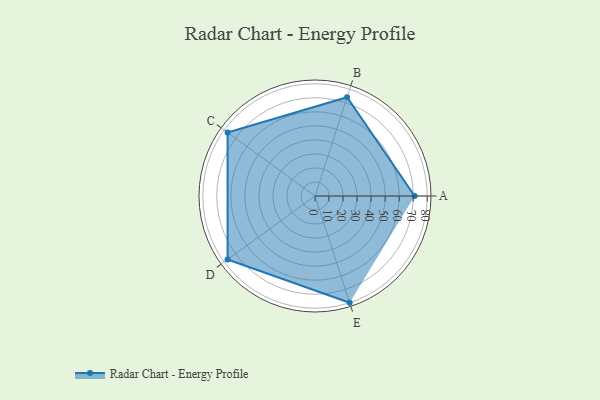
{"axis": {"x": "Skill", "y": "Score"}, "legend": ["Profile"], "data": [{"x": "A", "y": 71.0, "type": "Profile"}, {"x": "B", "y": 74.0, "type": "Profile"}, {"x": "C", "y": 77.0, "type": "Profile"}, {"x": "D", "y": 77.0, "type": "Profile"}, {"x": "E", "y": 80.0, "type": "Profile"}]}